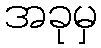
အခုမှ